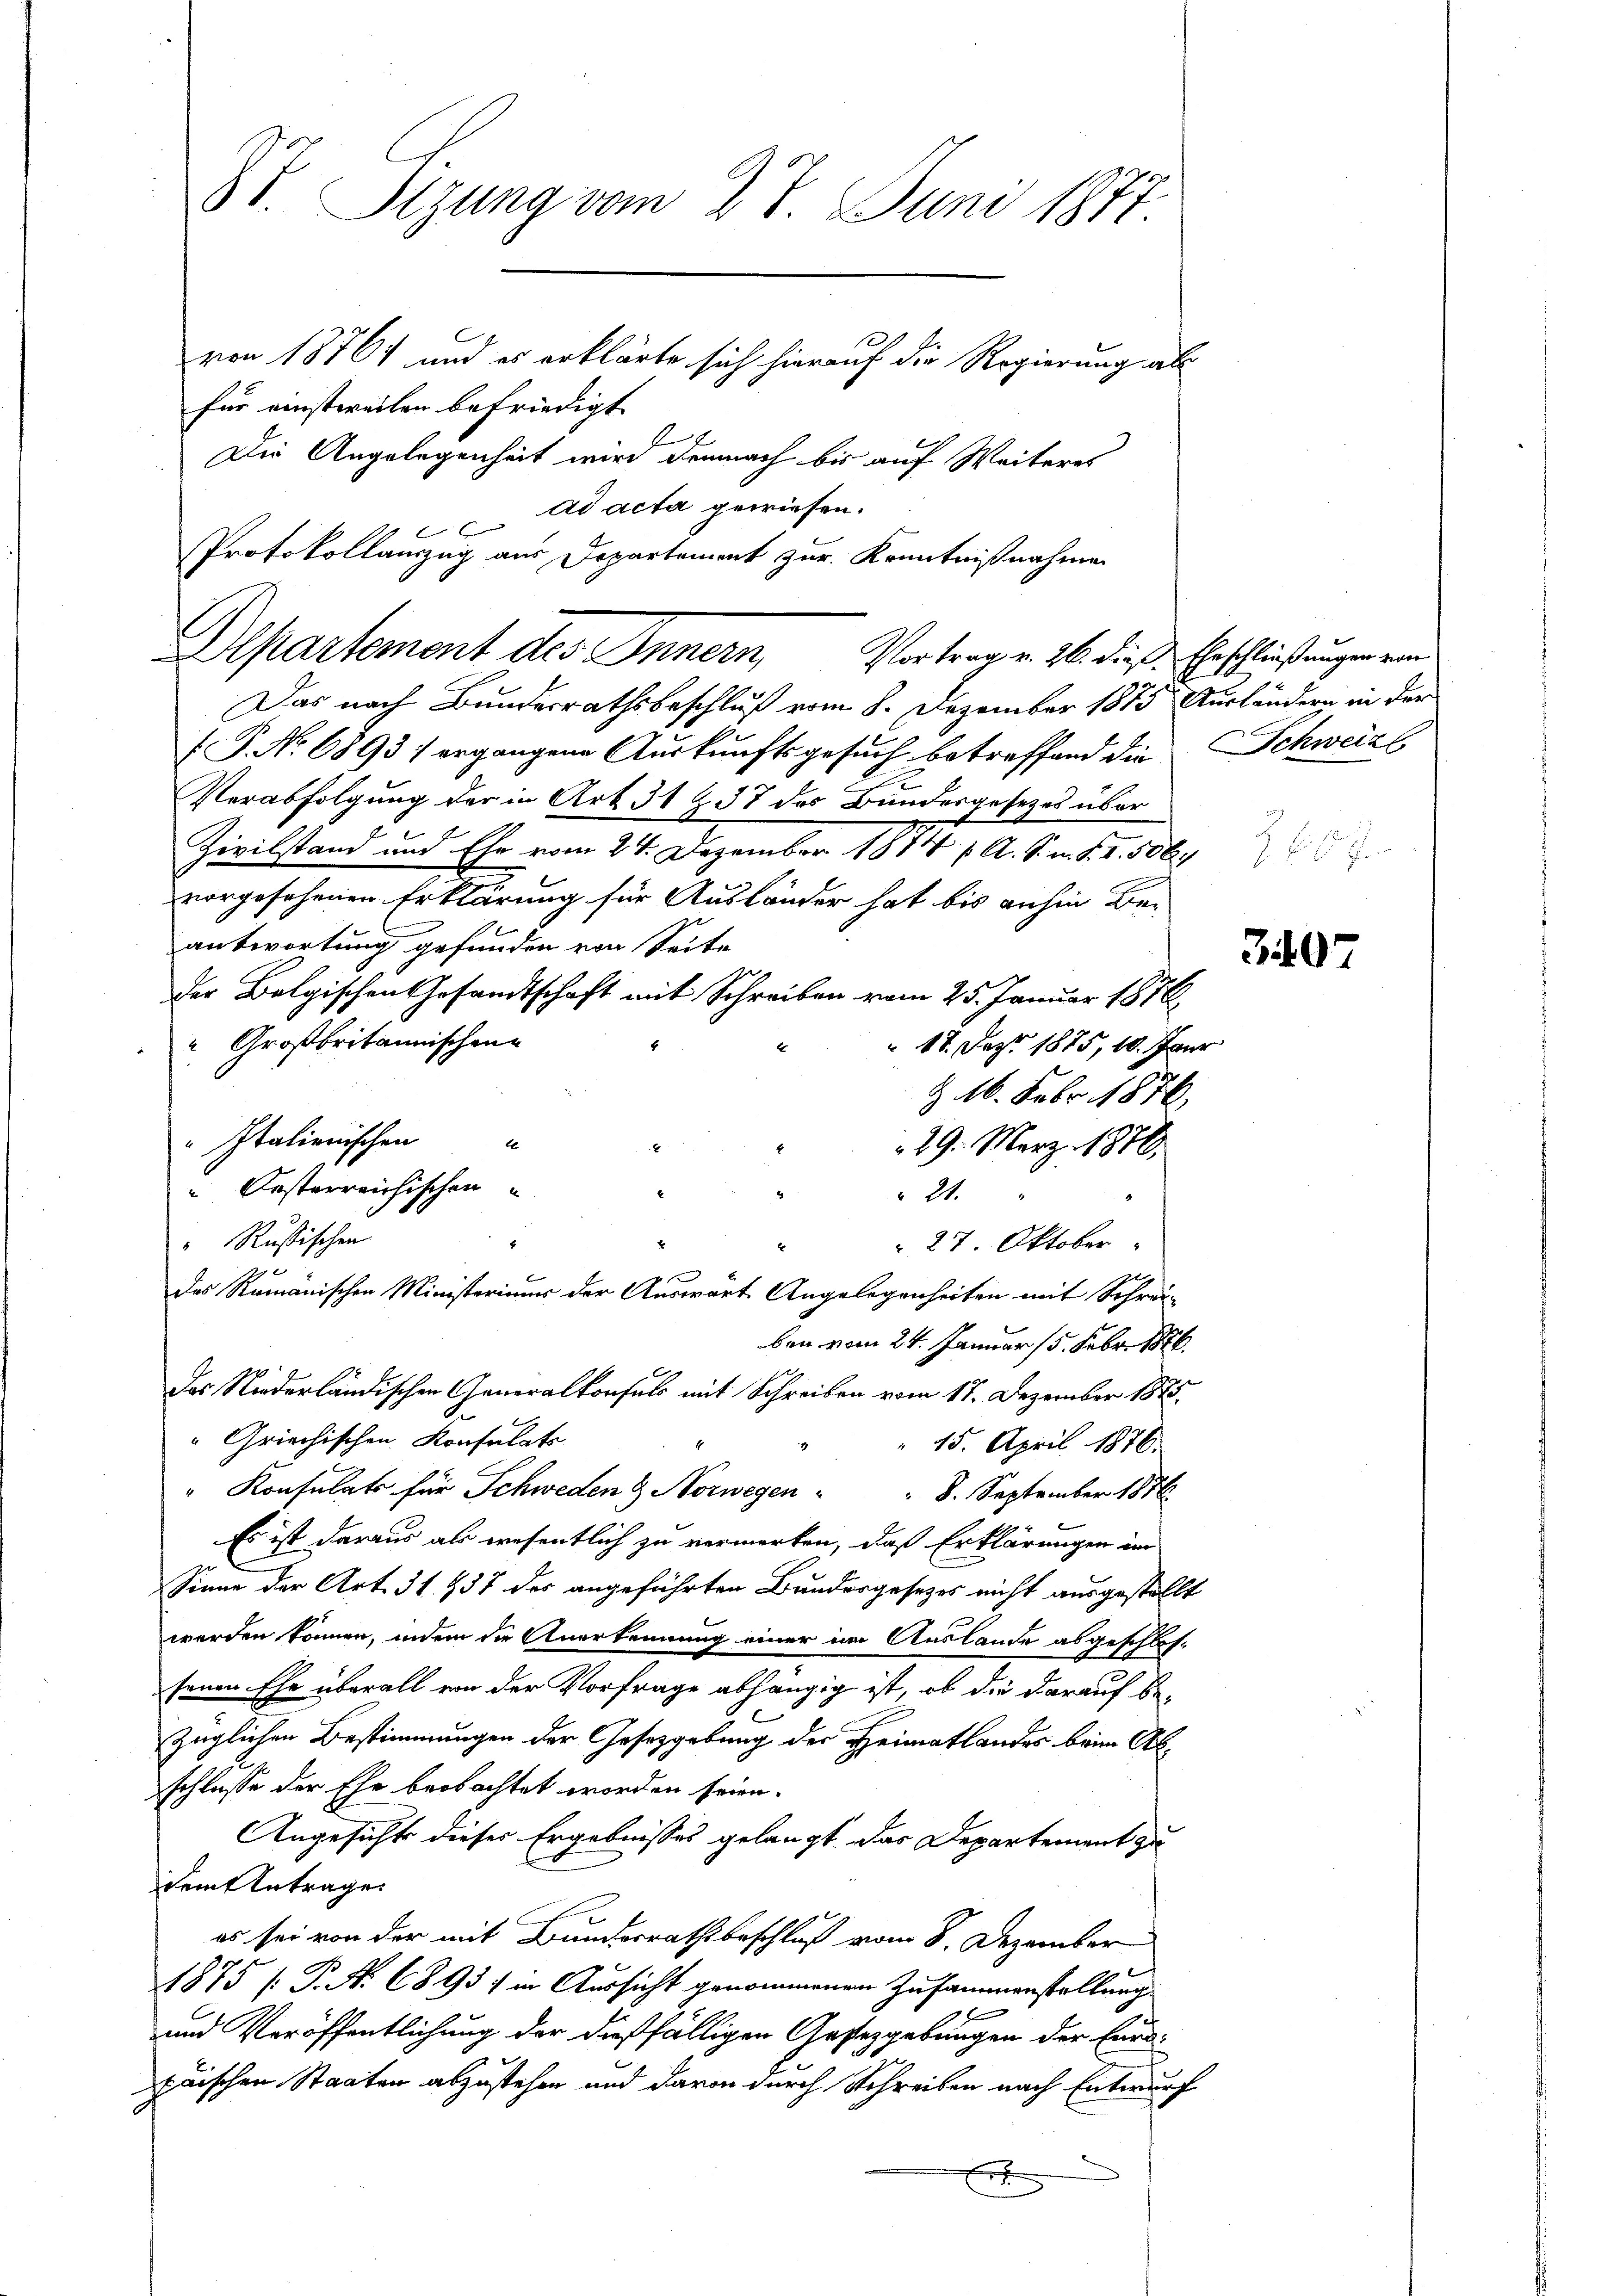
A
Die Angelegenheit wird demnach bis auf Weiteres
ad acta gewiesen.
Protokollauszug aus Departement zur Kenntnißnahmen
Departement des Innern,
Vortrag v. 26. dieß. Eheschließungen von
Das nach Bundesrathsbeschluß vom 8. Dezember 1875 Ausländern in der
P. No 6893 / ergangene Auskunftsgesuch betreffend die Schweize
Verabfolgung der in Art. 31 & 37 des Bundesgesetzes über
Zivilstand und Ehe vom 24. Dezember 1874 f. A. S. m. S. 2. 506
vorgesehenen Erklärung für Ausländer hat bis anhin Beantwortung gefunden von Seite
der Belgischen Gesandtschaft mit Schreiben vom 25. Januar 1876
" Großbritannischen
 17. Sept 1875, 10. Janr
& 16. Febr. 1876,
" Italienischen
29. März 1876.
Orsterreichischen
 21.
4
" Rußischen
 27. Oktober
des Rumänischen Ministeriums der Auswart Angelegenheiten mit Schrei-
ben vom 24. Januar 15. Febr. 1876.
Das Niederländischen Generalkonsuls mit Schreiben vom 17. Dezember 1875.
" Griechischen Konsulats
15. April 1876.
"Konsulats für Schweden & Norwegen " " 8. September 1876
Es ist daraus als wesentlich zu vermerken, daß Erklärungen im
C
Sinne der Art. 31. 457 des angeführten Bundesgesezes nicht ausgestellt
werden können, indem die Anerkennung einer im Auslande abgeschlos-
senen Ehe überall von der Vorfrage abhängig ist, ob die darauf bezüglichen Bestimmungen der Gesetzgebung der Heimatlandes beim Abschlusse der Ehe beobachtet worden seien.
Angesicht dieses Ergebnisses gelangt, das Departement zu
dem Antrage
es sei von der mit Bundesrathsbeschluß vom 8. Dezember
1875 [P. Nr. 6893) in Aussicht genommenen Zusammenstellung
b
und Veröffentlichung der dießfälligen Gesetzgebungen der Eurdpaischen Staaten abzustehen und davon durch Schreiben nach Entwurf
E

8t. Sizung vom 27. Juni 1877
von 18764 und es erklärte sich hierauf die Regierung als
für einstweilen befriedigt.

307